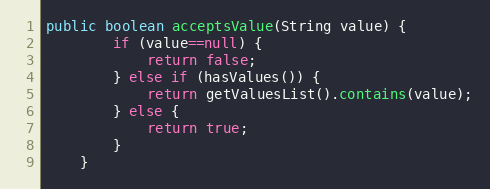
Language: Java
public boolean acceptsValue(String value) {
		if (value==null) {
			return false;
		} else if (hasValues()) {
			return getValuesList().contains(value);
		} else {
			return true;
		}
	}